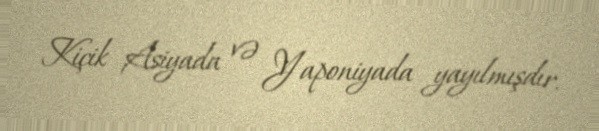
Kiçik Asiyada və Yaponiyada yayılmışdır.